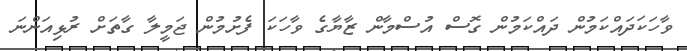
ވާހަކަދައްކަމުން ދައްކަމުން ގޮސް އުސްމާން ޒާޔާގެ ވާހަކަ ފެށުމުން ޖަމީލާ ގާތަށް ރުޅިއަންނަ